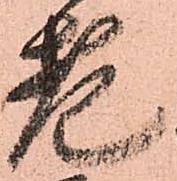
老